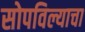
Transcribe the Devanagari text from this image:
सोपविल्याचा